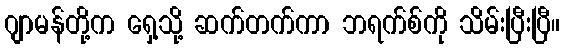
ဂျာမန်တို့က ရှေ့သို့ ဆက်တက်ကာ ဘရက်စ်ကို သိမ်းပြီးပြီ။